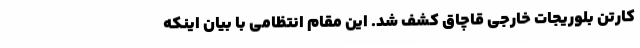
کارتن بلوریجات خارجی قاچاق کشف شد. این مقام انتظامی با بیان اینکه